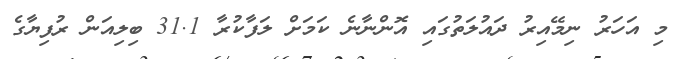
މި އަހަރު ނިމޭއިރު ދައުލަތުގައި އޮންނާނެ ކަމަށް ލަފާކުރާ 31.1 ބިލިއަން ރުފިޔާގެ